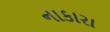
નાકારા